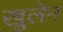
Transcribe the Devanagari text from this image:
खुलेन